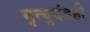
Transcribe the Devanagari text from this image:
मृत्युदंडही